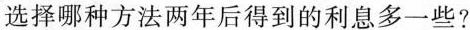
选择哪种方法两年后得到的利息多一些?